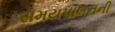
સમયપાલનની